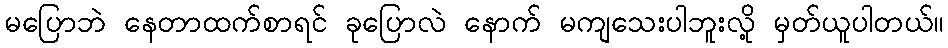
မပြောဘဲ နေတာထက်စာရင် ခုပြောလဲ နောက် မကျသေးပါဘူးလို့ မှတ်ယူပါတယ်။